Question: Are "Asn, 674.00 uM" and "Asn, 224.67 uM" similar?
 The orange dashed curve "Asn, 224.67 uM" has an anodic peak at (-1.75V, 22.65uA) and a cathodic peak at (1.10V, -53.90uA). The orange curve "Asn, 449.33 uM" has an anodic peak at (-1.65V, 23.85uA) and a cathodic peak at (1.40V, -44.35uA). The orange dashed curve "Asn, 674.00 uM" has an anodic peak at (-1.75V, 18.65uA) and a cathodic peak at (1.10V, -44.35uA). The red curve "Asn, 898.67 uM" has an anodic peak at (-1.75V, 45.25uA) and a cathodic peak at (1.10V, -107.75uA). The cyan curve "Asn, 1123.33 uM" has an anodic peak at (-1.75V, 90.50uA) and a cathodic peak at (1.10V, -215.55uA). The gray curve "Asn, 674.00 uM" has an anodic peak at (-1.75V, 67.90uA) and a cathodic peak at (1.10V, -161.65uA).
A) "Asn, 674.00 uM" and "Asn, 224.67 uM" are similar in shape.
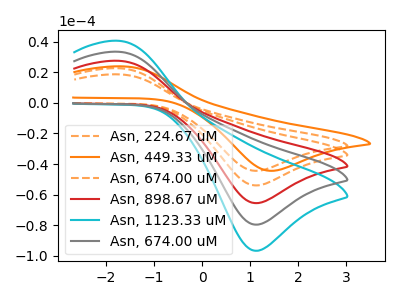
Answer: <think>All the peaks in "Asn, 674.00 uM" have a peak in "Asn, 224.67 uM" at the same potential. Every peak in "Asn, 674.00 uM" is lower than every peak in "Asn, 224.67 uM".
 </think>
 <answer>A) "Asn, 674.00 uM" and "Asn, 224.67 uM" are similar in shape.</answer>
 <eval>A</eval>